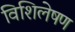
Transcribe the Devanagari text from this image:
विशिलेषण